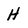
Character: H